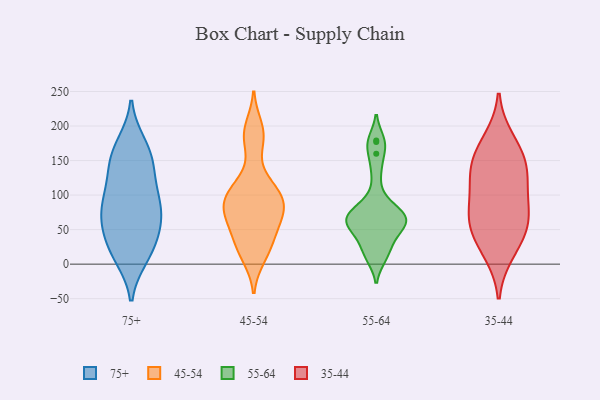
{"axis": {"x": "Revenue (USD Million)", "y": "Value"}, "legend": ["35-44", "45-54", "55-64", "75+"], "data": [{"x": "", "y": 82, "type": "75+"}, {"x": "", "y": 58, "type": "75+"}, {"x": "", "y": 10, "type": "75+"}, {"x": "", "y": 75, "type": "75+"}, {"x": "", "y": 170, "type": "75+"}, {"x": "", "y": 50, "type": "75+"}, {"x": "", "y": 163, "type": "75+"}, {"x": "", "y": 97, "type": "75+"}, {"x": "", "y": 36, "type": "75+"}, {"x": "", "y": 142, "type": "75+"}, {"x": "", "y": 15, "type": "75+"}, {"x": "", "y": 138, "type": "75+"}, {"x": "", "y": 110, "type": "75+"}, {"x": "", "y": 174, "type": "75+"}, {"x": "", "y": 35, "type": "75+"}, {"x": "", "y": 70, "type": "75+"}, {"x": "", "y": 10, "type": "75+"}, {"x": "", "y": 77, "type": "75+"}, {"x": "", "y": 142, "type": "75+"}, {"x": "", "y": 101, "type": "75+"}, {"x": "", "y": 68, "type": "45-54"}, {"x": "", "y": 183, "type": "45-54"}, {"x": "", "y": 117, "type": "45-54"}, {"x": "", "y": 34, "type": "45-54"}, {"x": "", "y": 84, "type": "45-54"}, {"x": "", "y": 101, "type": "45-54"}, {"x": "", "y": 197, "type": "45-54"}, {"x": "", "y": 85, "type": "45-54"}, {"x": "", "y": 97, "type": "45-54"}, {"x": "", "y": 55, "type": "45-54"}, {"x": "", "y": 182, "type": "45-54"}, {"x": "", "y": 17, "type": "45-54"}, {"x": "", "y": 115, "type": "45-54"}, {"x": "", "y": 60, "type": "45-54"}, {"x": "", "y": 11, "type": "45-54"}, {"x": "", "y": 81, "type": "45-54"}, {"x": "", "y": 31, "type": "45-54"}, {"x": "", "y": 89, "type": "45-54"}, {"x": "", "y": 29, "type": "55-64"}, {"x": "", "y": 10, "type": "55-64"}, {"x": "", "y": 50, "type": "55-64"}, {"x": "", "y": 62, "type": "55-64"}, {"x": "", "y": 177, "type": "55-64"}, {"x": "", "y": 65, "type": "55-64"}, {"x": "", "y": 56, "type": "55-64"}, {"x": "", "y": 96, "type": "55-64"}, {"x": "", "y": 72, "type": "55-64"}, {"x": "", "y": 79, "type": "55-64"}, {"x": "", "y": 72, "type": "55-64"}, {"x": "", "y": 66, "type": "55-64"}, {"x": "", "y": 10, "type": "55-64"}, {"x": "", "y": 179, "type": "55-64"}, {"x": "", "y": 133, "type": "55-64"}, {"x": "", "y": 67, "type": "55-64"}, {"x": "", "y": 49, "type": "55-64"}, {"x": "", "y": 160, "type": "55-64"}, {"x": "", "y": 28, "type": "55-64"}, {"x": "", "y": 69, "type": "35-44"}, {"x": "", "y": 135, "type": "35-44"}, {"x": "", "y": 161, "type": "35-44"}, {"x": "", "y": 66, "type": "35-44"}, {"x": "", "y": 56, "type": "35-44"}, {"x": "", "y": 118, "type": "35-44"}, {"x": "", "y": 117, "type": "35-44"}, {"x": "", "y": 18, "type": "35-44"}, {"x": "", "y": 76, "type": "35-44"}, {"x": "", "y": 31, "type": "35-44"}, {"x": "", "y": 150, "type": "35-44"}, {"x": "", "y": 179, "type": "35-44"}]}